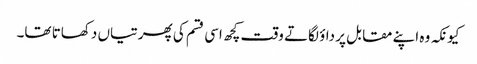
کیونکہ وہ اپنے مقابل پر داؤ لگاتے وقت کچھ اسی قسم کی پھرتیاں دکھاتا تھا۔